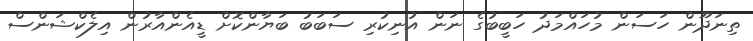
ތިނަދޫން ހަސަން މުހައްމަދު ހަބީބުގެ ނަން އުނިކުރި ސަބަބު ބަޔާންކޮށް ޑީއެންއާރުން އިލެކްޝަންސް